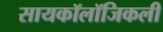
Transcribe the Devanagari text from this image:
सायकॉलॉजिकली